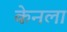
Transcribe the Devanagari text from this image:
केनला